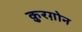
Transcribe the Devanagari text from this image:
क़ुरग़ोन